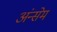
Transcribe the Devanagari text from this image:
अंन्सेम